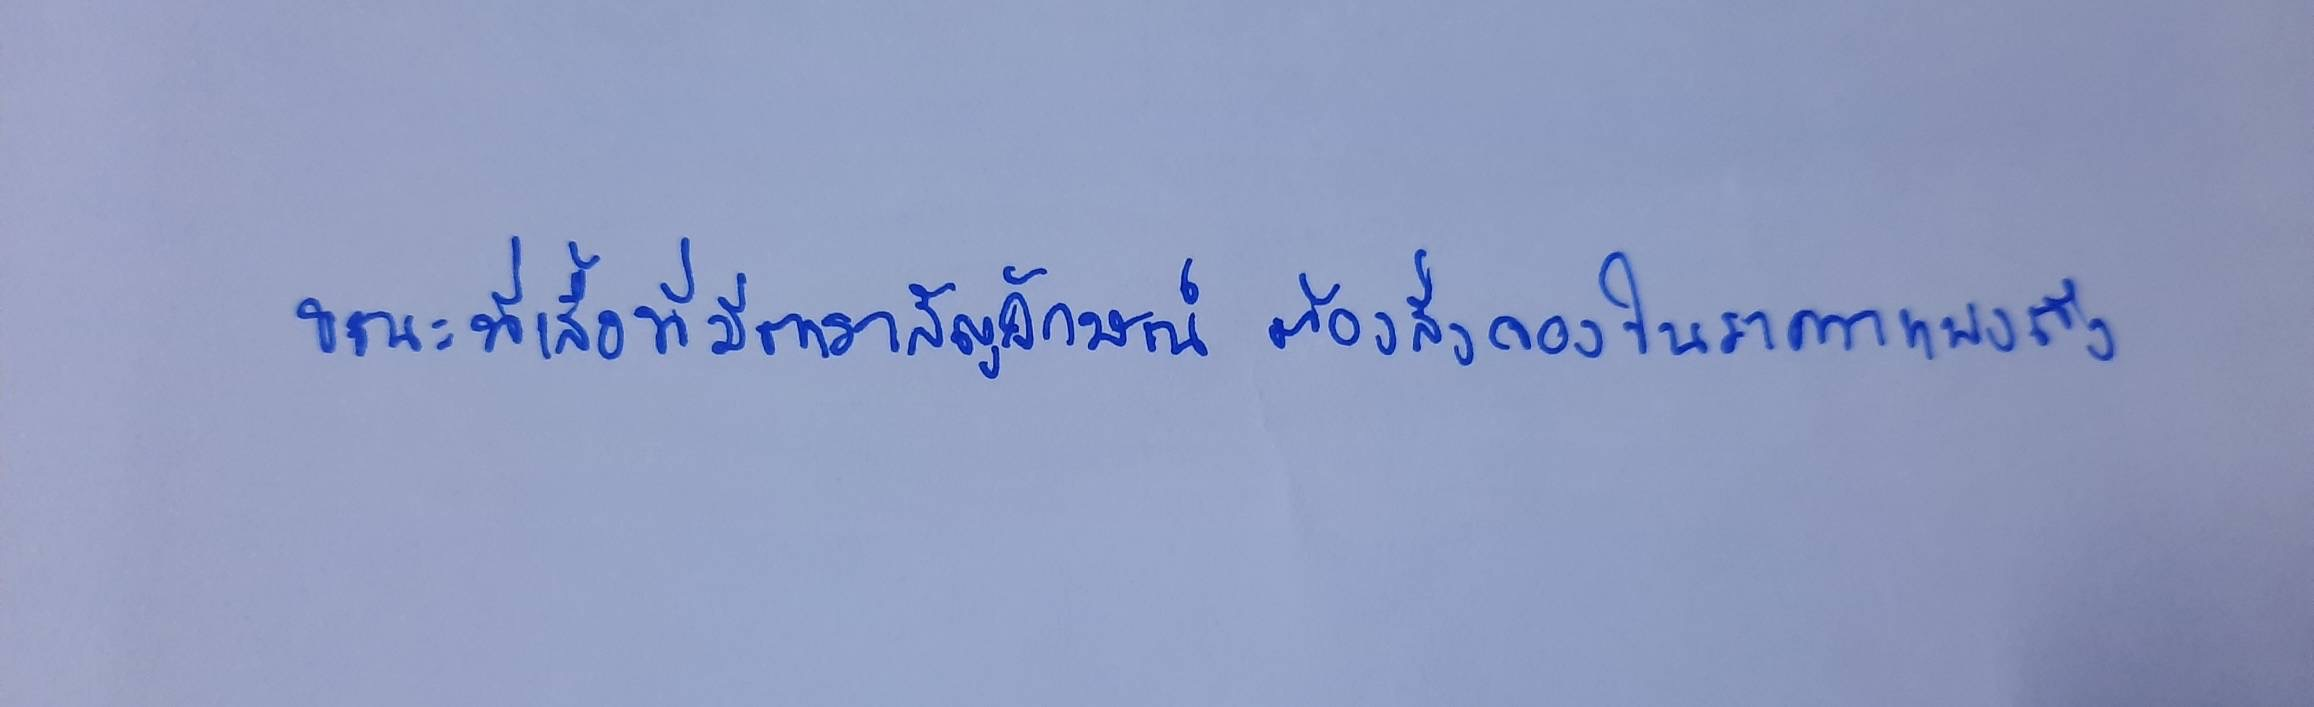
ขณะที่เสื้อที่มีตราสัญลักษณ์ต้องสั่งจองในราคาแพงถึง